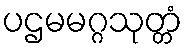
ပဌမမဂ္ဂသုတ္တံ